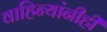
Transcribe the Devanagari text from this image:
वाहिन्यांनीही